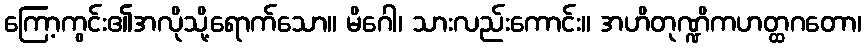
ကြော့ကွင်း၏အလိုသို့ရောက်သော။ မိဂေါ၊ သားလည်းကောင်း။ အဟိတုဏ္ဍိကဟတ္ထဂတော၊